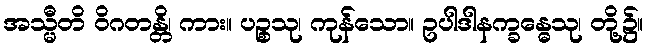
အသ္မီတိ ဝိဂတန္တိ၊ ကား။ ပဉ္စသု၊ ကုန်သော။ ဥပါဒါနက္ခန္ဓေသု၊ တို့၌။